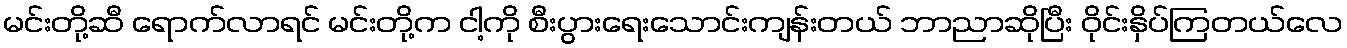
မင်းတို့ဆီ ရောက်လာရင် မင်းတို့က ငါ့ကို စီးပွားရေးသောင်းကျန်းတယ် ဘာညာဆိုပြီး ဝိုင်းနှိပ်ကြတယ်လေ